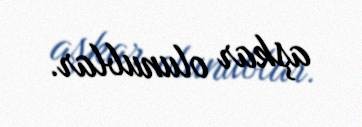
aşkar olunublar.